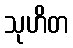
သုဟိတ